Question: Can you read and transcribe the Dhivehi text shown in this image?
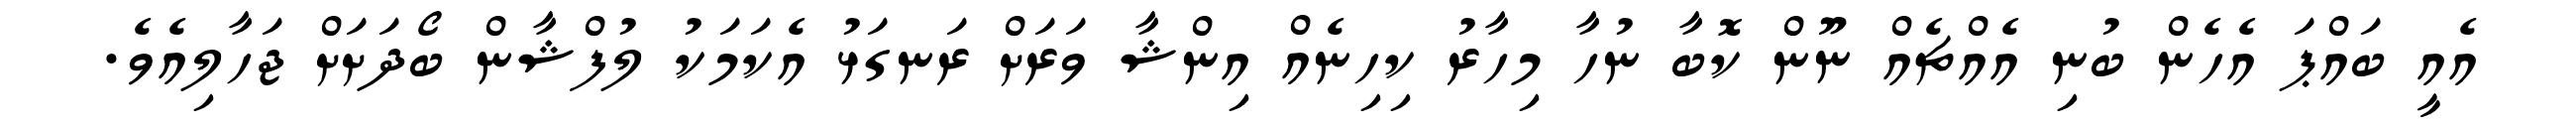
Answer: އެއީ ބައްޕަ އެހެން ބުނި އެއްޗެއް ނޫން ކޮބާ ނުހާ މިހާރު ކިހިނެއް އިންޝާ ވަރަށް ރަނގަޅު އެކަމަކު ލުފްޝާން ބޯދަށަށް ޖަހާލިއެވެ.